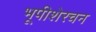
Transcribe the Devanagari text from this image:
भूपीशेरचन